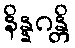
နိန္နဂန္တိ